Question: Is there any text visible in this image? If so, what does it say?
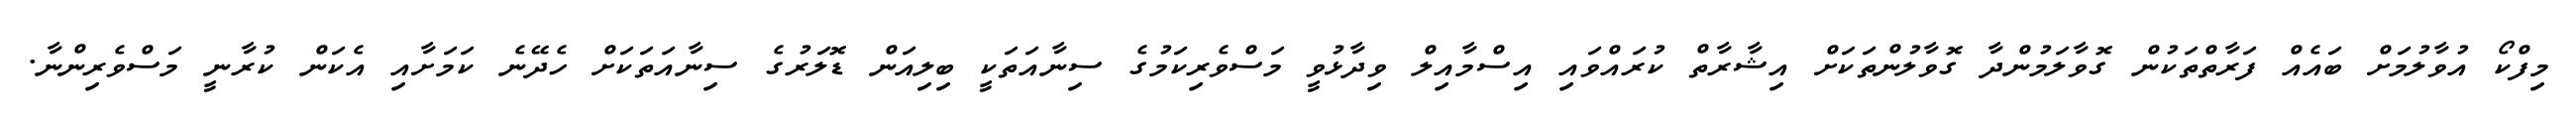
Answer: މިފްކޯ އުވާލުމަށް ބައެއް ފަރާތްތަކުން ގޮވާލަމުންދާ ގޮވާލުންތަކަށް އިޝާރާތް ކުރައްވައި އިސްމާއިލް ވިދާޅުވީ މަސްވެރިކަމުގެ ސިނާއަތަކީ ބިލިއަން ޑޮލަރުގެ ސިނާއަތަކަށް ހެދޭނެ ކަމަށާއި އެކަން ކުރާނީ މަސްވެރިންނާ.